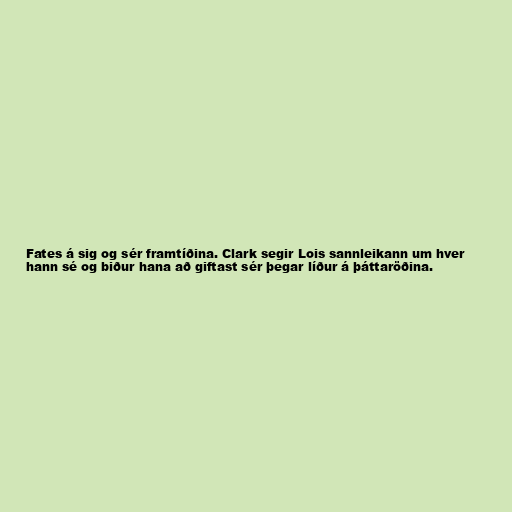
Fates á sig og sér framtíðina. Clark segir Lois sannleikann um hver
hann sé og biður hana að giftast sér þegar líður á þáttaröðina.